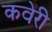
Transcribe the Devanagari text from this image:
कवेरी